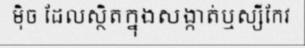
ម៉ិច ដែលស្ថិតក្នុងសង្កាត់ឬស្សីកែវ